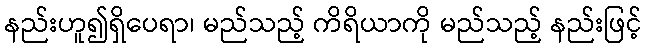
နည်းဟူ၍ရှိပေရာ၊ မည်သည့် ကိရိယာကို မည်သည့် နည်းဖြင့်